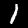
Digit: 1